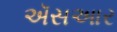
ઍસઆર